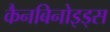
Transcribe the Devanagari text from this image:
कैनबिनोइड्स